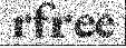
rfree